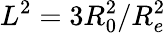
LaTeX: L^{2}=3R_{0}^{2}/R_{e}^{2}